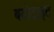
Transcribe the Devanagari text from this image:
बयोटाइट